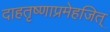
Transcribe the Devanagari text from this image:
दाहतृष्णाप्रमेहजित्‌